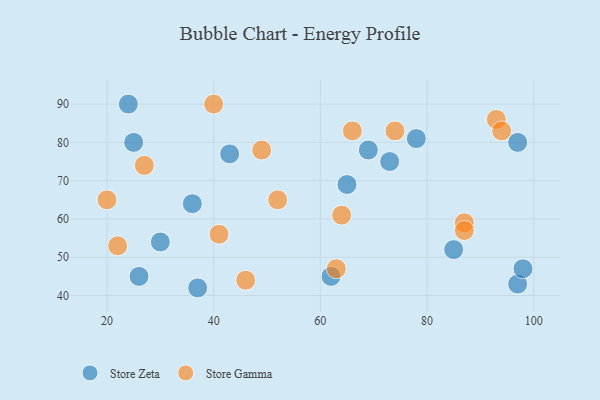
{"axis": {"x": "GDP", "y": "Life Expectancy"}, "legend": ["Store Gamma", "Store Zeta"], "data": [{"x": "73", "y": 75, "type": "Store Zeta"}, {"x": "85", "y": 52, "type": "Store Zeta"}, {"x": "25", "y": 80, "type": "Store Zeta"}, {"x": "97", "y": 80, "type": "Store Zeta"}, {"x": "36", "y": 64, "type": "Store Zeta"}, {"x": "69", "y": 78, "type": "Store Zeta"}, {"x": "97", "y": 43, "type": "Store Zeta"}, {"x": "24", "y": 90, "type": "Store Zeta"}, {"x": "30", "y": 54, "type": "Store Zeta"}, {"x": "26", "y": 45, "type": "Store Zeta"}, {"x": "43", "y": 77, "type": "Store Zeta"}, {"x": "62", "y": 45, "type": "Store Zeta"}, {"x": "98", "y": 47, "type": "Store Zeta"}, {"x": "78", "y": 81, "type": "Store Zeta"}, {"x": "65", "y": 69, "type": "Store Zeta"}, {"x": "37", "y": 42, "type": "Store Zeta"}, {"x": "27", "y": 74, "type": "Store Gamma"}, {"x": "74", "y": 83, "type": "Store Gamma"}, {"x": "49", "y": 78, "type": "Store Gamma"}, {"x": "46", "y": 44, "type": "Store Gamma"}, {"x": "20", "y": 65, "type": "Store Gamma"}, {"x": "87", "y": 59, "type": "Store Gamma"}, {"x": "40", "y": 90, "type": "Store Gamma"}, {"x": "52", "y": 65, "type": "Store Gamma"}, {"x": "93", "y": 86, "type": "Store Gamma"}, {"x": "94", "y": 83, "type": "Store Gamma"}, {"x": "66", "y": 83, "type": "Store Gamma"}, {"x": "41", "y": 56, "type": "Store Gamma"}, {"x": "63", "y": 47, "type": "Store Gamma"}, {"x": "64", "y": 61, "type": "Store Gamma"}, {"x": "22", "y": 53, "type": "Store Gamma"}, {"x": "87", "y": 57, "type": "Store Gamma"}]}